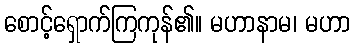
စောင့်ရှောက်ကြကုန်၏။ မဟာနာမ၊ မဟာ